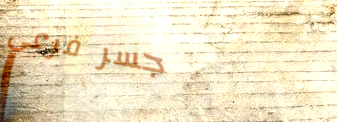
جسر فرعي